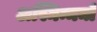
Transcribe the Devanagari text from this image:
अस्मिन्मन्त्रे